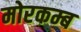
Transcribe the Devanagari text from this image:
मोरकम्ब